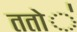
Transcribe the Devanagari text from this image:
ततो॑